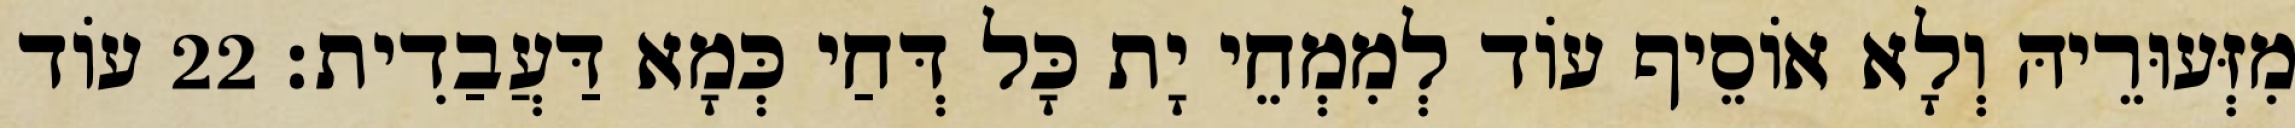
מִזְּעוּרֵיהּ וְלָא אוֹסֵיף עוֹד לְמִמְחֵי יָת כָּל דְּחַי כְּמָא דַּעֲבַדִית׃ 22 עוֹד